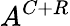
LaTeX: A^{C+R}